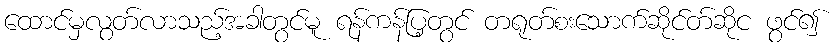
ထောင်မှလွတ်လာသည့်အခါတွင်မူ ရန်ကန်ပြ့တွင် တရုတ်စးသောက်ဆိုင်တ်ဆိုင ဖွင်၍